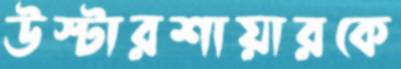
উস্টারশায়ারকে